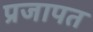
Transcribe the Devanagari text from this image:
प्रजापत